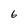
Character: 6